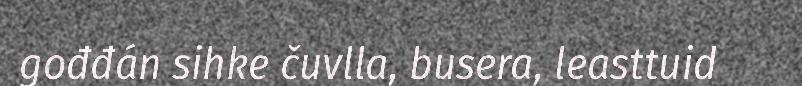
gođđán sihke čuvlla, busera, leasttuid